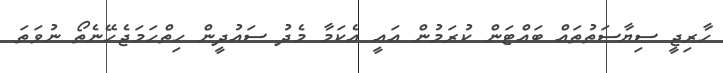
ހާރިޖީ ސިޔާސަތުތައް ބައްޓަން ކުރަމުން އައީ އެކަމާ މެދު ސައުދީން ހިތްހަމަޖެހޭނެތޯ ނުވަތަ